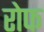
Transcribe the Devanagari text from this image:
रोफ